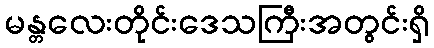
မန္တလေးတိုင်းဒေသကြီးအတွင်းရှိ